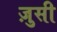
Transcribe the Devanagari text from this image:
ज़ुसी